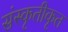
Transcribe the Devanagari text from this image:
संस्कृतीकृत